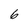
Character: 6